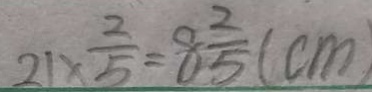
2 1 \times \frac { 2 } { 5 } = 8 \frac { 2 } { 5 } ( c m )